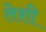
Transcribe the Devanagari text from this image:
तेशी